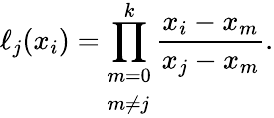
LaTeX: \ell_{j}(x_{i})=\prod_{\begin{array}{l}{m=0}\\ {m\neq j}\end{array}}^{k}{\frac{x_{i}-x_{m}}{x_{j}-x_{m}}}.